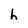
Character: h